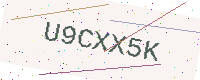
Text: U9CXX5K